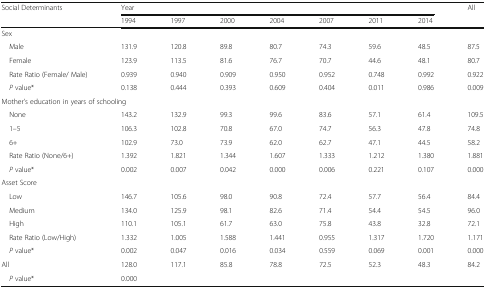
<table><thead><tr><td rowspan="2"><b>Social Determinants</b></td><td colspan="7"><b>Year</b></td><td rowspan="2"><b>All</b></td></tr><tr><td><b>1994</b></td><td><b>1997</b></td><td><b>2000</b></td><td><b>2004</b></td><td><b>2007</b></td><td><b>2011</b></td><td><b>2014</b></td></tr></thead><tbody><tr><td colspan="9">Sex</td></tr><tr><td> Male</td><td>131.9</td><td>120.8</td><td>89.8</td><td>80.7</td><td>74.3</td><td>59.6</td><td>48.5</td><td>87.5</td></tr><tr><td> Female</td><td>123.9</td><td>113.5</td><td>81.6</td><td>76.7</td><td>70.7</td><td>44.6</td><td>48.1</td><td>80.7</td></tr><tr><td> Rate Ratio (Female/ Male)</td><td>0.939</td><td>0.940</td><td>0.909</td><td>0.950</td><td>0.952</td><td>0.748</td><td>0.992</td><td>0.922</td></tr><tr><td><i> P</i> value*</td><td>0.138</td><td>0.444</td><td>0.393</td><td>0.609</td><td>0.404</td><td>0.011</td><td>0.986</td><td>0.009</td></tr><tr><td colspan="9">Mother’s education in years of schooling</td></tr><tr><td> None</td><td>143.2</td><td>132.9</td><td>99.3</td><td>99.6</td><td>83.6</td><td>57.1</td><td>61.4</td><td>109.5</td></tr><tr><td> 1–5</td><td>106.3</td><td>102.8</td><td>70.8</td><td>67.0</td><td>74.7</td><td>56.3</td><td>47.8</td><td>74.8</td></tr><tr><td> 6+</td><td>102.9</td><td>73.0</td><td>73.9</td><td>62.0</td><td>62.7</td><td>47.1</td><td>44.5</td><td>58.2</td></tr><tr><td> Rate Ratio (None/6+)</td><td>1.392</td><td>1.821</td><td>1.344</td><td>1.607</td><td>1.333</td><td>1.212</td><td>1.380</td><td>1.881</td></tr><tr><td> <i>P</i> value*</td><td>0.002</td><td>0.007</td><td>0.042</td><td>0.000</td><td>0.006</td><td>0.221</td><td>0.107</td><td>0.000</td></tr><tr><td colspan="9">Asset Score</td></tr><tr><td> Low</td><td>146.7</td><td>105.6</td><td>98.0</td><td>90.8</td><td>72.4</td><td>57.7</td><td>56.4</td><td>84.4</td></tr><tr><td> Medium</td><td>134.0</td><td>125.9</td><td>98.1</td><td>82.6</td><td>71.4</td><td>54.4</td><td>54.5</td><td>96.0</td></tr><tr><td> High</td><td>110.1</td><td>105.1</td><td>61.7</td><td>63.0</td><td>75.8</td><td>43.8</td><td>32.8</td><td>72.1</td></tr><tr><td> Rate Ratio (Low/High)</td><td>1.332</td><td>1.005</td><td>1.588</td><td>1.441</td><td>0.955</td><td>1.317</td><td>1.720</td><td>1.171</td></tr><tr><td> <i>P</i> value*</td><td>0.002</td><td>0.047</td><td>0.016</td><td>0.034</td><td>0.559</td><td>0.069</td><td>0.001</td><td>0.000</td></tr><tr><td>All</td><td>128.0</td><td>117.1</td><td>85.8</td><td>78.8</td><td>72.5</td><td>52.3</td><td>48.3</td><td>84.2</td></tr><tr><td> <i>P</i> value*</td><td colspan="7">0.000</td><td></td></tr></tbody></table>